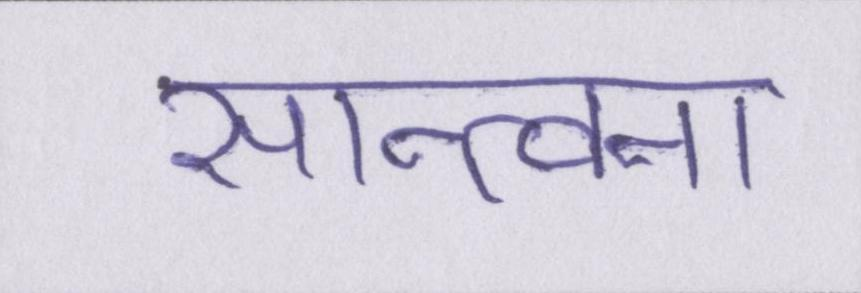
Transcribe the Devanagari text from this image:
सान्त्वना